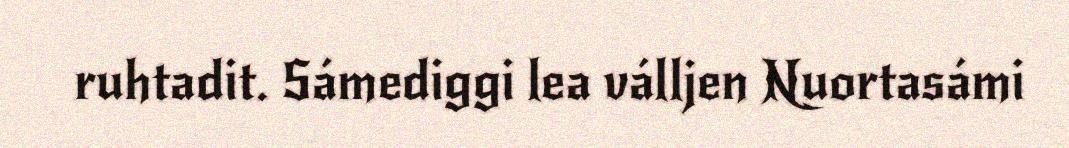
ruhtadit. Sámediggi lea válljen Nuortasámi